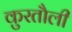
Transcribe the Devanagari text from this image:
कुरतौली